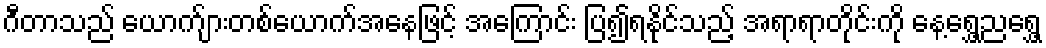
ဂီတာသည် ယောက်ျားတစ်ယောက်အနေဖြင့် အကြောင်း ပြ၍ရနိုင်သည့် အရာရာတိုင်းကို နေ့ရွှေ့ညရွှေ့